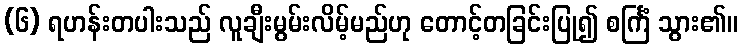
(၆) ရဟန်းတပါးသည် လူချီးမွမ်းလိမ့်မည်ဟု တောင့်တခြင်းပြု၍ စင်္ကြံ သွား၏။